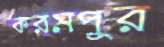
করমপুর